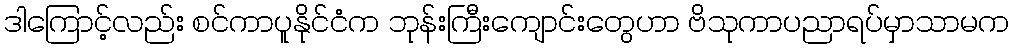
ဒါကြောင့်လည်း စင်ကာပူနိုင်ငံက ဘုန်းကြီးကျောင်းတွေဟာ ဗိသုကာပညာရပ်မှာသာမက